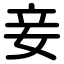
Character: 妾